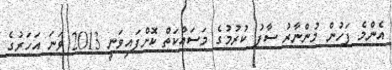
އެންމެ ފަހުން މުންނާރު ސާފު ކުރުމުގެ މަސައްކަތް ކޮށްފައިވަނީ 2013 ވަނަ އަހަރުގެ